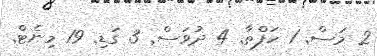
2 މަސް